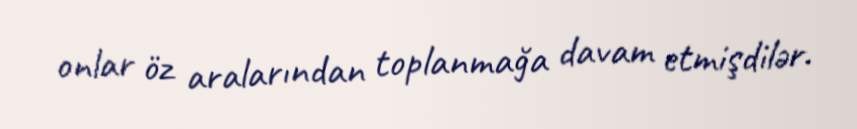
onlar öz aralarından toplanmağa davam etmişdilər.